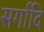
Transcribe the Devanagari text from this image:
सर्गादि